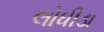
લોધીડા